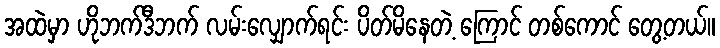
အထဲမှာ ဟိုဘက်ဒီဘက် လမ်းလျှောက်ရင်း ပိတ်မိနေတဲ့ ကြောင် တစ်ကောင် တွေ့တယ်။